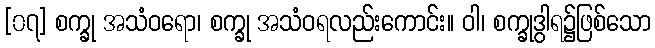
[၀၇] စက္ခု အသံဝရော၊ စက္ခု အသံဝရလည်းကောင်း။ ဝါ၊ စက္ခုဒွါရ၌ဖြစ်သော